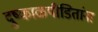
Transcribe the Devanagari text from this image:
दुष्काळपीडितांना